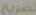
تصريح